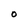
Character: O